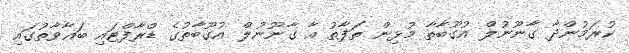
ކުރަމުންދާ ގާނޫނުލް އުގޫބާތާ މުޅިން ތަފާތު އާ ގާނޫނުލް އުގޫބާތުގެ ޑްރާފްޓައި ބަޣާވާތުގައި